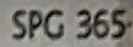
SPG 365